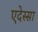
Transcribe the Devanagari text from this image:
एदेस्सा